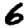
Digit: 6